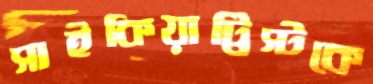
সাইকিয়াট্রিস্টকে